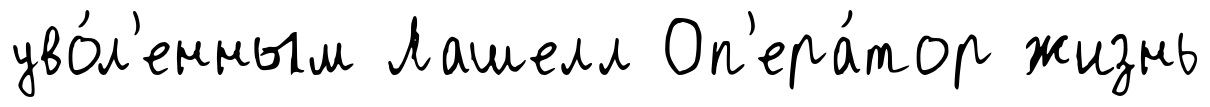
уво́л'енным Лашелл Оп'ера́тор жизнь